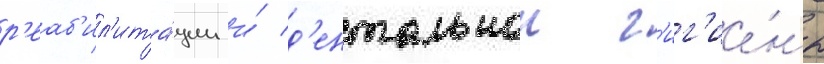
р'еаб'ил'ита́ции и́ д'ентальнои г'иг'ие́ны